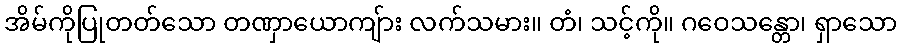
အိမ်ကိုပြုတတ်သော တဏှာယောကျ်ား လက်သမား။ တံ၊ သင့်ကို။ ဂဝေသန္တော၊ ရှာသော